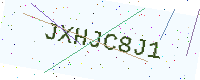
Text: JXHJC8J1